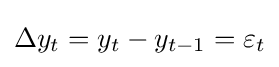
\Delta y_{t}=y_{t}-y_{t-1}=\varepsilon _{t}